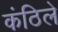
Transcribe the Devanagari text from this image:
कंठिले